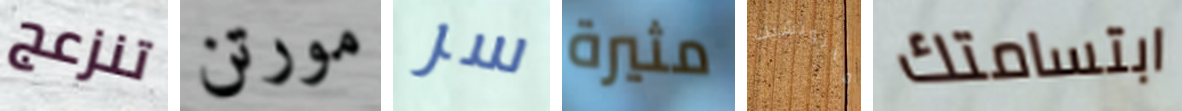
تنزعج مورتن سر مثيرة ماتوتشيك ابتسامتك